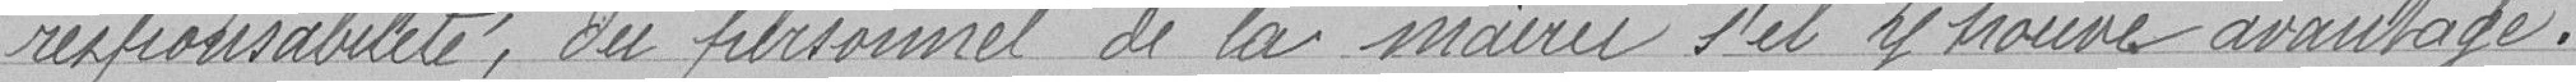
responsabilité, du personnel de la mairie s'il y trouve avantage.